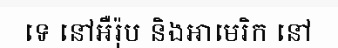
ទេ នៅអឺរ៉ុប និងអាមេរិក នៅ